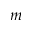
m